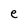
Character: e